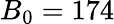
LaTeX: B_{0}=174